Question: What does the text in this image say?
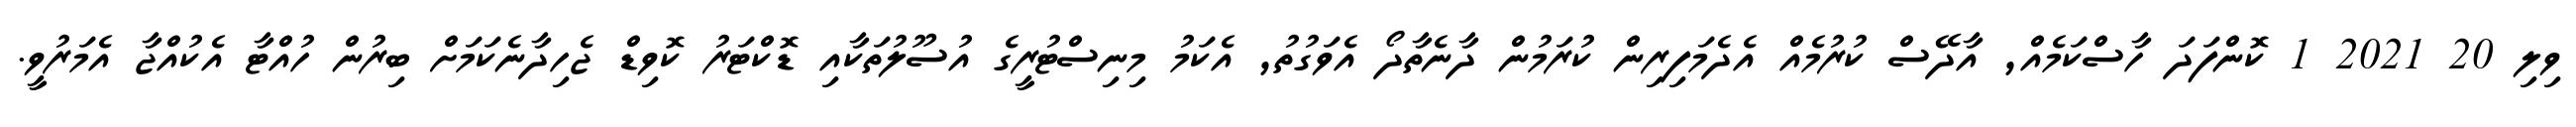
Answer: ވިލި 20 2021 1 ކޮންފަދަ ހާސްކަމެއް, އާދޭސް ކުރުމެއް އެދެމަފިރިން ކުރަމުން ދާނެތާދޯ އެވަގުތު, އެކަމު މިނިސްޓުރީގެ އުސޫލުތަކާއި ޑޮކްޓަރު ކޮވިޑް ޖެހިދާނެކަމަށް ބިރުން ހުއްޓާ އެކުއްޖާ އެމަރުވީ.